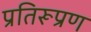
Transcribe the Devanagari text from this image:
प्रतिरूप्रण